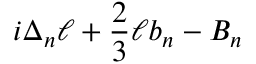
i \Delta _ { n } \ell + { \frac { 2 } { 3 } } \ell b _ { n } - B _ { n }